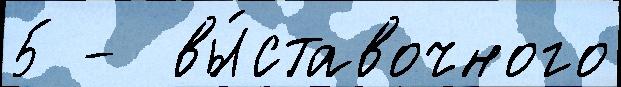
5 -  вы́ставочного